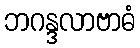
ဘဂန္ဒလာဗာဓံ